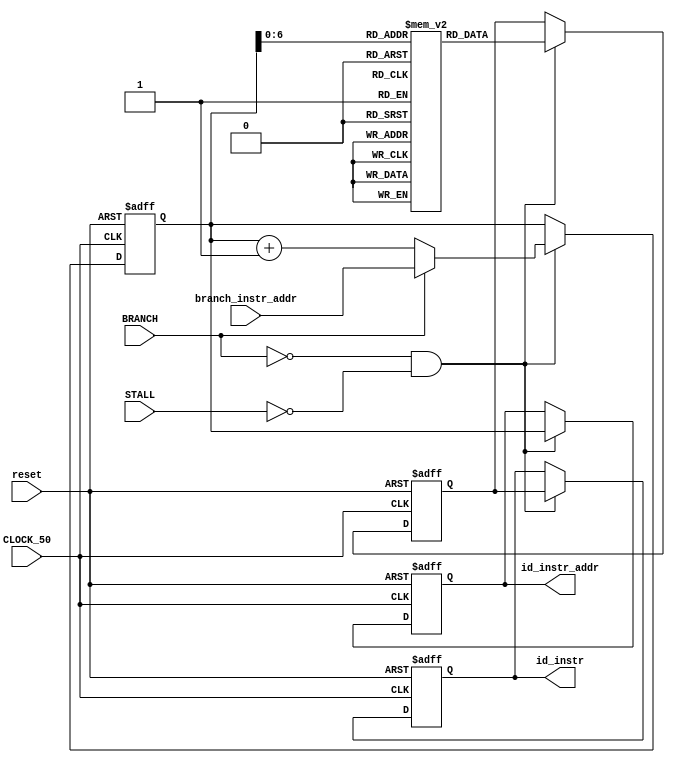
module FE(CLOCK_50,reset,id_instr,id_instr_addr,BRANCH,STALL,branch_instr_addr);
input CLOCK_50,reset, BRANCH,STALL;
input [15:0] branch_instr_addr;
//wire [15:0] next_instr_addr, fe_instr_addr, id_instr_addr,fetch_instr;
output reg [15:0] id_instr_addr,id_instr;
//wire [15:0] next_pc_in;

wire WR_EN = !BRANCH && !STALL;

//currently  everything is the same 
/*pc_mux pcmux(BRANCH,next_pc_in,branch_instr_addr,next_instr_addr);
pc programcounter(CLOCK_50,reset,next_instr_addr,fe_instr_addr,WR_EN);
pc_adder_2 adder2(fe_instr_addr,next_pc_in);
Instr_Mem instrmem(CLOCK_50,reset,fe_instr_addr,fetch_instr);

Instr_FE_Latch pipelineregs(CLOCK_50,reset,WR_EN,fetch_instr,next_pc_in, id_instr, id_instr_addr);*/
(* ram_init_file = "test1.mif" *)
reg[15:0] mem[0:127];
reg[15:0] mdr;
reg[15:0] pc;
initial begin
	pc <= 8;
end

always @(posedge CLOCK_50 or posedge reset) begin
	if(reset) begin
		pc <= 8;
		mdr <= 0;
		id_instr <= 0;
		id_instr_addr <= 0;
	end
	else if(WR_EN) begin
		if(BRANCH) pc <= branch_instr_addr;
		else pc <= pc + 1;
		mdr <= mem[pc];
		id_instr <= mdr;
		id_instr_addr <= pc;
	end
end


endmodule

/*module pc_mux(ctr_sig,in_1,in_2,out);
	
	input [0:0] ctr_sig;
	input [15:0] in_1,in_2;
	
	output [15:0] out;
	assign out = (ctr_sig == 'd1) ? in_2 : in_1;

endmodule

module pc(clock,reset,in,out,write_en);
	input clock,reset,write_en;
	input [15:0] in;	
	output reg [15:0] out;
	initial begin
		out <= 8;
	end
	always@(posedge clock) begin
		if(reset)
			out <= 8;
		else if(write_en)
			out <= in;
	end
endmodule

module pc_adder_2(in,out);
	input [15:0] in;
	output [15:0] out;
	assign out = in + 16'd2;
endmodule

module Instr_Mem(CLOCK_50,reset,addr,mdr);
	input CLOCK_50,reset;
	input  [15:0] addr;
	//output reg[15:0] out;  //mdr will be the output register
	(* ram_init_file = "test1.mif" *)
	reg [15:0] mem[0:256]; 
	output reg [15:0] mdr; // 16-bit MDR register

	always @(posedge CLOCK_50) begin
		mdr <= mem[addr]; // Read memory
	end
endmodule

module Instr_FE_Latch(clock,reset,fe_id_wr_en,instr_in,instr_addr_in,instr_out, instr_addr_out);
	input clock,reset;
	input fe_id_wr_en;
	input [15:0] instr_addr_in;
	input [15:0] instr_in;
	output reg [15:0] instr_addr_out;
	output reg [15:0] instr_out;
	always@(posedge clock) begin
		if(reset)
		begin
			instr_out       <= 'd0;
			instr_addr_out  <= 'd0;
		end
		else if(fe_id_wr_en == 'd0)
		begin
			instr_out       <= instr_out;
			instr_addr_out  <= instr_addr_out;
		end
		else if(fe_id_wr_en)
		begin
			instr_out       <= instr_in;
			instr_addr_out  <= instr_addr_in;
		end
	end
endmodule*/